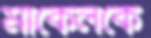
মার্কেলকে